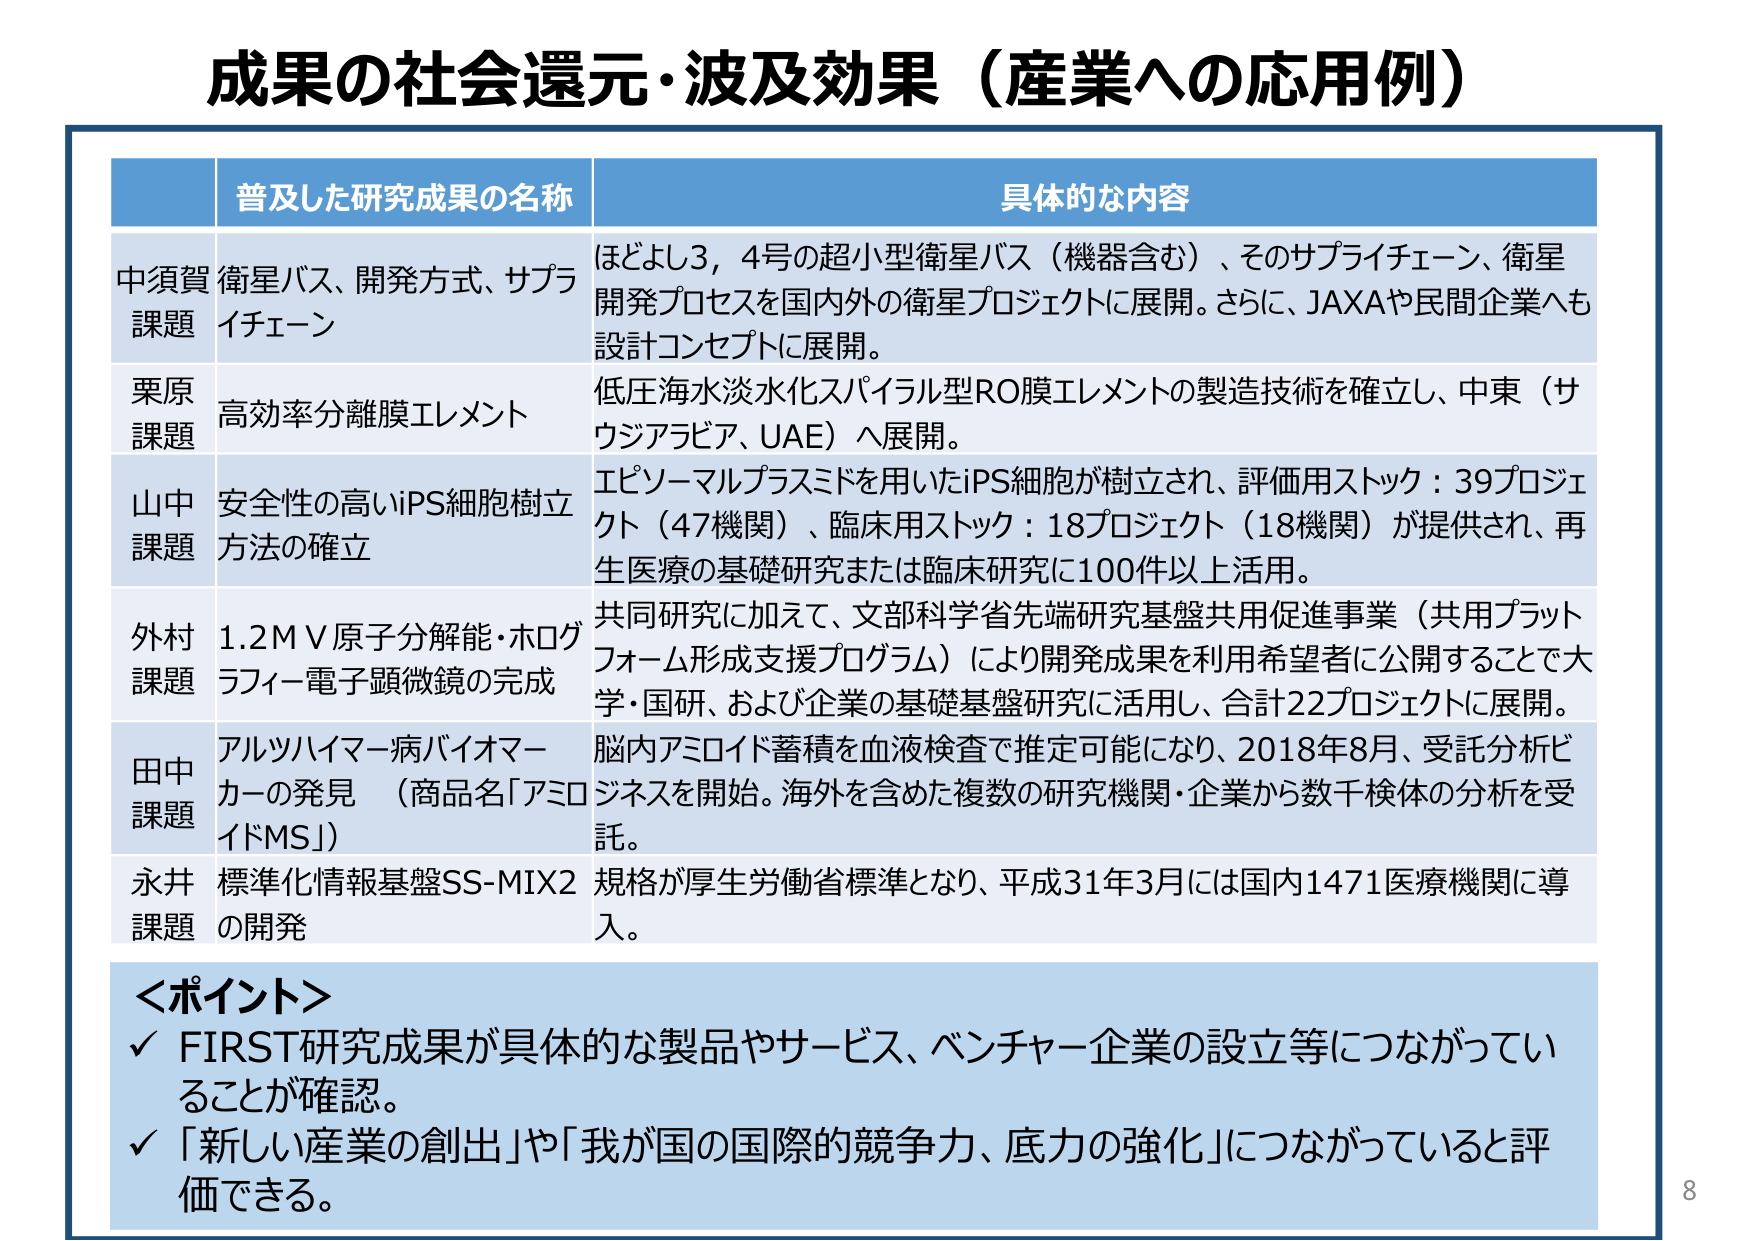
成果の社会還元・波及効果（産業への応用例）

普及した研究成果の名称	具体的な内容
中須賀課題	衛星バス、開発方式、サプライチェーン	ほどよし3，4号の超小型衛星バス（機器含む）、そのサプライチェーン、衛星開発プロセスを国内外の衛星プロジェクトに展開。さらに、JAXAや民間企業へも設計コンセプトに展開。
栗原課題	高効率分離膜エレメント	低圧海水淡水化スパイラル型RO膜エレメントの製造技術を確立し、中東（サウジアラビア、UAE）へ展開。
山中課題	安全性の高いiPS細胞樹立方法の確立	エピソーマルプラスミドを用いたiPS細胞が樹立され、評価用ストック：39プロジェクト（47機関）、臨床用ストック：18プロジェクト（18機関）が提供され、再生医療の基礎研究または臨床研究に100件以上活用。
外村課題	1.2ＭＶ原子分解能・ホログラフィー電子顕微鏡の完成	共同研究に加えて、文部科学省先端研究基盤共用促進事業（共用プラットフォーム形成支援プログラム）により開発成果を利用希望者に公開することで大学・国研、および企業の基礎基盤研究に活用し、合計22プロジェクトに展開。
田中課題	アルツハイマー病バイオマーカーの発見（商品名「アミロイドMS」）	脳内アミロイド蓄積を血液検査で推定可能になり、2018年8月、受託分析ビジネスを開始。海外を含めた複数の研究機関・企業から数千検体の分析を受託。
永井課題	標準化情報基盤SS-MIX2の開発	規格が厚生労働省標準となり、平成31年3月には国内1471医療機関に導入。

＜ポイント＞
✓ FIRST研究成果が具体的な製品やサービス、ベンチャー企業の設立等につながっていることが確認。
✓ 「新しい産業の創出」や「我が国の国際的競争力、底力の強化」につながっていると評価できる。

8